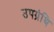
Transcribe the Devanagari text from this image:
उपग्रंथि